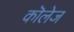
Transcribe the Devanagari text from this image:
कॊलेज